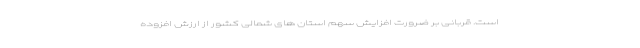
است. قربانی بر ضرورت افزایش سهم استان های شمالی کشور از ارزش افزوده